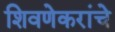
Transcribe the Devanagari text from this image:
शिवणेकरांचे